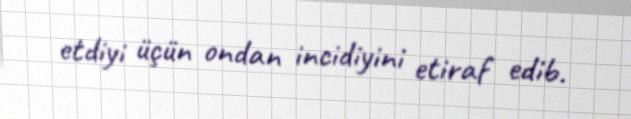
etdiyi üçün ondan incidiyini etiraf edib.